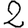
Digit: 2